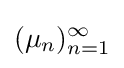
(\mu _{n})_{n=1}^{\infty }